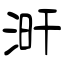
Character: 涆